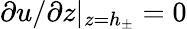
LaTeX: \partial u/\partial z|_{z=h_{\pm}}=0